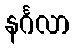
နင်္ဂလာ